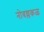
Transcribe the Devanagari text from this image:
नोवल्लकळ